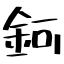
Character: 鈳